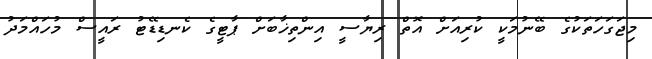
މިޖަގަހަތަކުގެ ބޭނުމަކީ ކުރިއަށް އޮތް ރިޔާސީ އިންތިޚާބަށް ޕާޓީގެ ކެނޑިޑޭޓު ރައީސް މުހައްމަދު